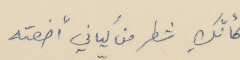
كأنكِ شطر فن كياني أضعته